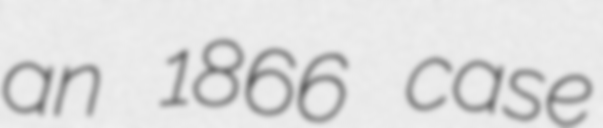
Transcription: an 1866 case